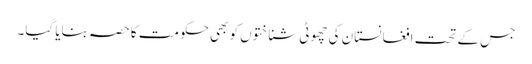
جس کے تحت افغانستان کی چھوٹی شناختوں کو بھی حکومت کا حصہ بنایا گیا۔